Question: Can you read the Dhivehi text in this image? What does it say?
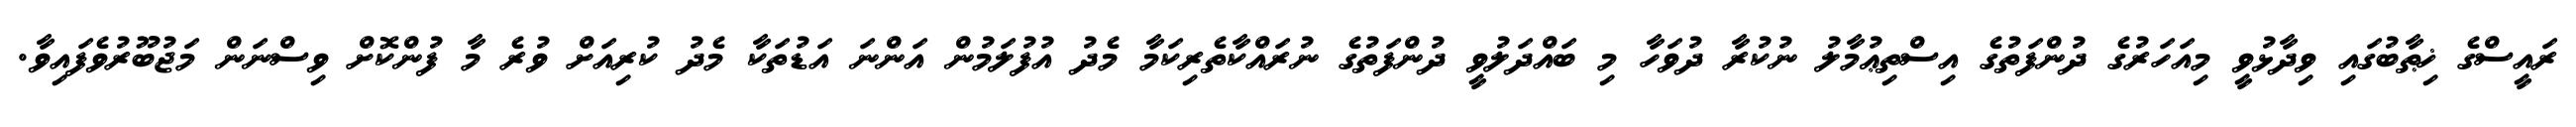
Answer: ރައީސްގެ ޚިޠާބުގައި ވިދާޅުވީ މިއަހަރުގެ ދުންފަތުގެ އިސްތިޢުމާލު ނުކުރާ ދުވަހާ މި ބައްދަލުވީ ދުންފަތުގެ ނުރައްކާތެރިކަމާ މެދު އުފުލަމުން އަންނަ އަޑުތަކާ މެދު ކުރިއަށް ވުރެ މާ ފުންކޮށް ވިސްނަން މަޖުބޫރުވެފައިވާ.